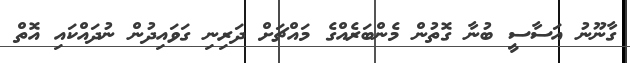
ގާނޫނު އަސާސީ ބުނާ ގޮތުން މެންބަރެއްގެ މައްޗަށް ދަރިނި ގަވައިދުން ނުދައްކައި އޮތް